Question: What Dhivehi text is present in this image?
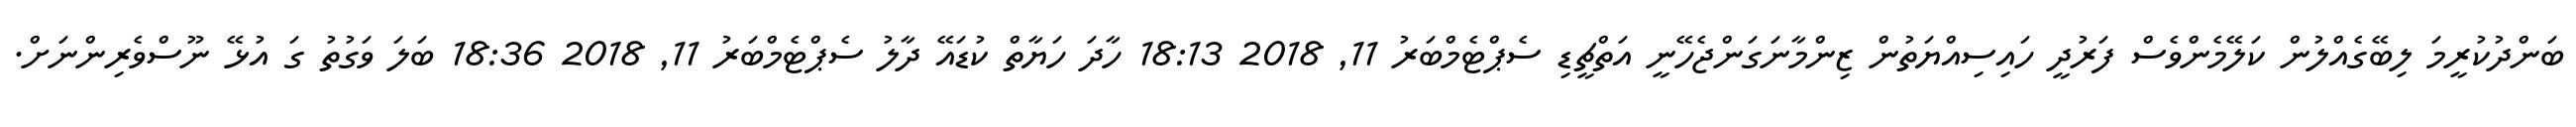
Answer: ބަންދުކުރީމަ ލިބޭގެއްލުން ކަލޭމެންވެސް ފަރުދީ ހައިސިއްޔަތުން ޒިންމާނަގަންޖެހޭނީ އަތްޗީޑި ސެޕްޓެމްބަރު 11, 2018 18:13 ހާދަ ހަޔާތް ކުޑައޭ ދާލު ސެޕްޓެމްބަރު 11, 2018 18:36 ބަލަ ވަގުތު ގަ އުޅޭ ނޫސްވެރިންނަށް.